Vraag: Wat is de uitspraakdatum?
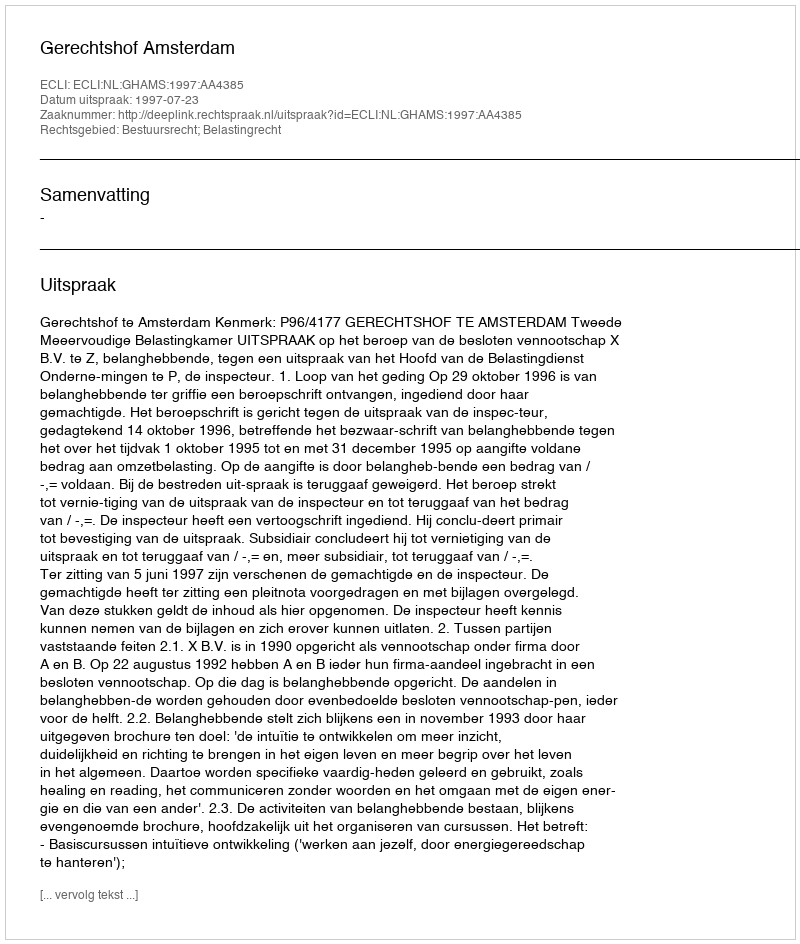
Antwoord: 1997-07-23